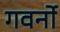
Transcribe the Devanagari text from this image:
गवर्नो